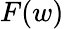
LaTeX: F(w)